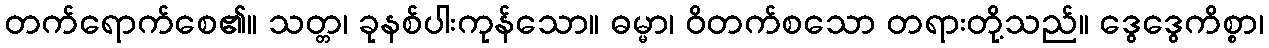
တက်ရောက်စေ၏။ သတ္တ၊ ခုနစ်ပါးကုန်သော။ ဓမ္မာ၊ ဝိတက်စသော တရားတို့သည်။ ဒွေဒွေကိစ္စာ၊